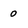
Character: 0